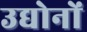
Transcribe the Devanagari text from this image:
उद्योनों